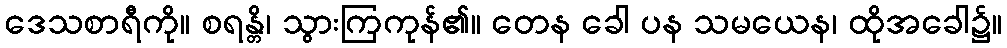
ဒေသစာရီကို။ စရန္တိ၊ သွားကြကုန်၏။ တေန ခေါ ပန သမယေန၊ ထိုအခေါ၌။